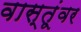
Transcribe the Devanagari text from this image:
वास्तूंवर